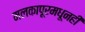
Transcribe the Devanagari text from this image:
मलकापूरमधूनही